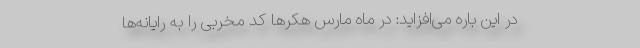
در این باره می‌افزاید: در ماه مارس هکرها کد مخربی را به رایانه‌ها